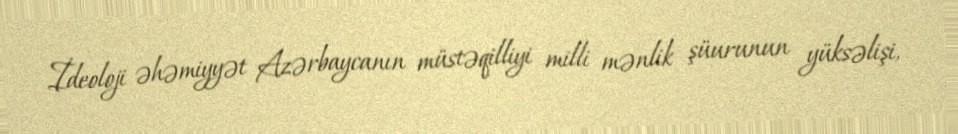
İdeoloji əhəmiyyət Azərbaycanın müstəqilliyi milli mənlik şüurunun yüksəlişi,